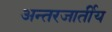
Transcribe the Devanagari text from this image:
अन्तरजार्तीय